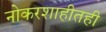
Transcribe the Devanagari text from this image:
नोकरशाहीतही